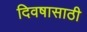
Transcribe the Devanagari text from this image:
दिवषासाठी